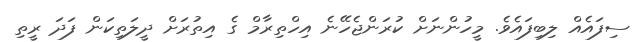
ސިފައެއް ލިބިފައެވެ. މީހުންނަށް ކުރަންޖެހޭނެ އިހްތިރާމް ގެ އިތުރަށް ދީލަތިކަން ފަދަ ރީތި